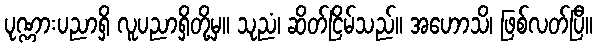
ပုဏ္ဏားပညာရှိ လူပညာရှိတို့မှ။ သုညံ၊ ဆိတ်ငြိမ်သည်။ အဟောသိ၊ ဖြစ်လတ်ပြီ။